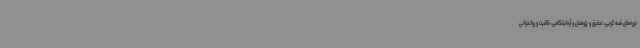
دوره‌های قصه گویی، تحقیق و پژوهش و آزمایشگاهی، خلاقیت و روانخوانی